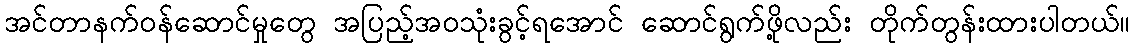
အင်တာနက်ဝန်ဆောင်မှုတွေ အပြည့်အဝသုံးခွင့်ရအောင် ဆောင်ရွက်ဖို့လည်း တိုက်တွန်းထားပါတယ်။